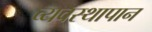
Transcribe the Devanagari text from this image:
व्यवस्थापान